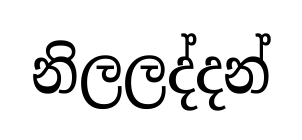
නිලලද්දන්